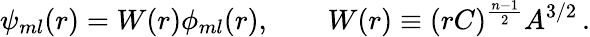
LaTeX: \psi_{ml}(r)=W(r)\phi_{ml}(r),\qquad W(r)\equiv(rC)^{\frac{n-1}{2}}A^{3/2}\, .